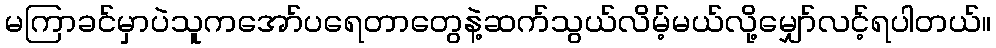
မကြာခင်မှာပဲသူကအော်ပရေတာတွေနဲ့ဆက်သွယ်လိမ့်မယ်လို့မျှော်လင့်ရပါတယ်။